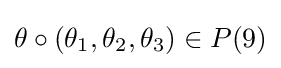
\theta \circ (\theta _{1},\theta _{2},\theta _{3})\in P(9)